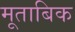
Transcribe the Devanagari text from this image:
मूताबिक